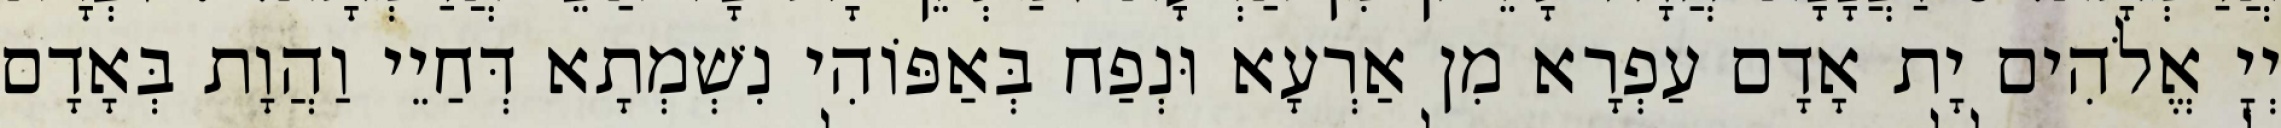
יְיָ אֱלֹהִים יָת אָדָם עַפְרָא מִן אַרְעָא וּנְפַח בְּאַפּוֹהִי נִשְׁמְתָא דְּחַיֵי וַהֲוָת בְּאָדָם